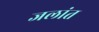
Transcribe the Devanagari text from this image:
जलांत